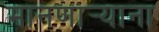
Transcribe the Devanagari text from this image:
मानणार्‍याना